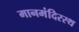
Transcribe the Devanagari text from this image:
मानमंदिरस्थ